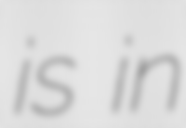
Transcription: is in